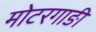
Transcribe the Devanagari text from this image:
मोटरगाङी